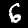
Label: 6